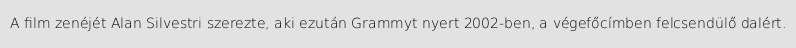
A film zenéjét Alan Silvestri szerezte, aki ezután Grammyt nyert 2002-ben, a végefőcímben felcsendülő dalért.